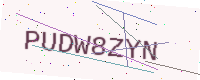
Text: PUDW8ZYN